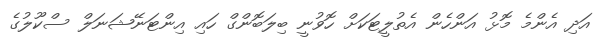
އަދި އެންމެ މޮޅު އަންހެން އެތުލީޓަކަށް ހޮވުނީ ބިލަބޮންގް ހައި އިންޓަނޭޝަނަލް ސްކޫލުގެ